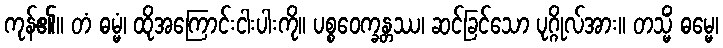
ကုန်၏။ တံ ဓမ္မံ၊ ထိုအကြောင်းငါးပါးကို။ ပစ္စဝေက္ခန္တဿ၊ ဆင်ခြင်သော ပုဂ္ဂိုလ်အား။ တသ္မိံ ဓမ္မေ၊